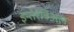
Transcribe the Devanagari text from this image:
इन्तेरत्रिअल